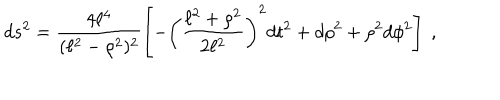
d s ^ { 2 } = \frac { 4 \ell ^ { 4 } } { ( \ell ^ { 2 } - \rho ^ { 2 } ) ^ { 2 } } \left[ - \left( \frac { \ell ^ { 2 } + \rho ^ { 2 } } { 2 \ell ^ { 2 } } \right) ^ { 2 } d t ^ { 2 } + d \rho ^ { 2 } + \rho ^ { 2 } d \phi ^ { 2 } \right] \ ,